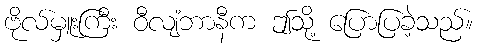
ဗိုလ်မှူးကြီး ဝီလျံဘာနီက ဤသို့ ပြောပြခဲ့သည်။